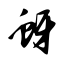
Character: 蚜